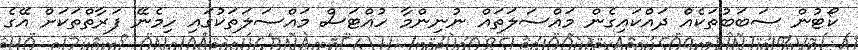
ކޯޓުން ސަބަބުތަކެއް ދައްކައިގެން މައްސަލަތައް ނުނިންމާ ހުއްޓަސް މައްސަލަތަކުގައި ހިމެނޭ ފަރާތްތަކަށް އޭގެ